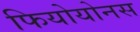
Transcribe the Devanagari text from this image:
फियोयोनस